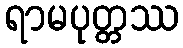
ရာမပုတ္တဿ